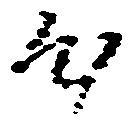
心